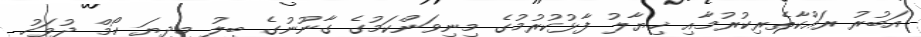
އަބުރު ރައްކާތެރިކުރުމާއި ޚިޔާލު ފާޅުކުރުމުގެ މިނިވަންކަމުގެ ގާނޫނުގެ ބިލު މިދިޔަ ހޯމް ދުވަހު